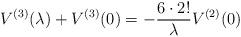
LaTeX: \begin{align*}V^{(3)}(\lambda)+V^{(3)}(0)=-{6\cdot 2!\over\lambda}V^{(2)}(0)\end{align*}